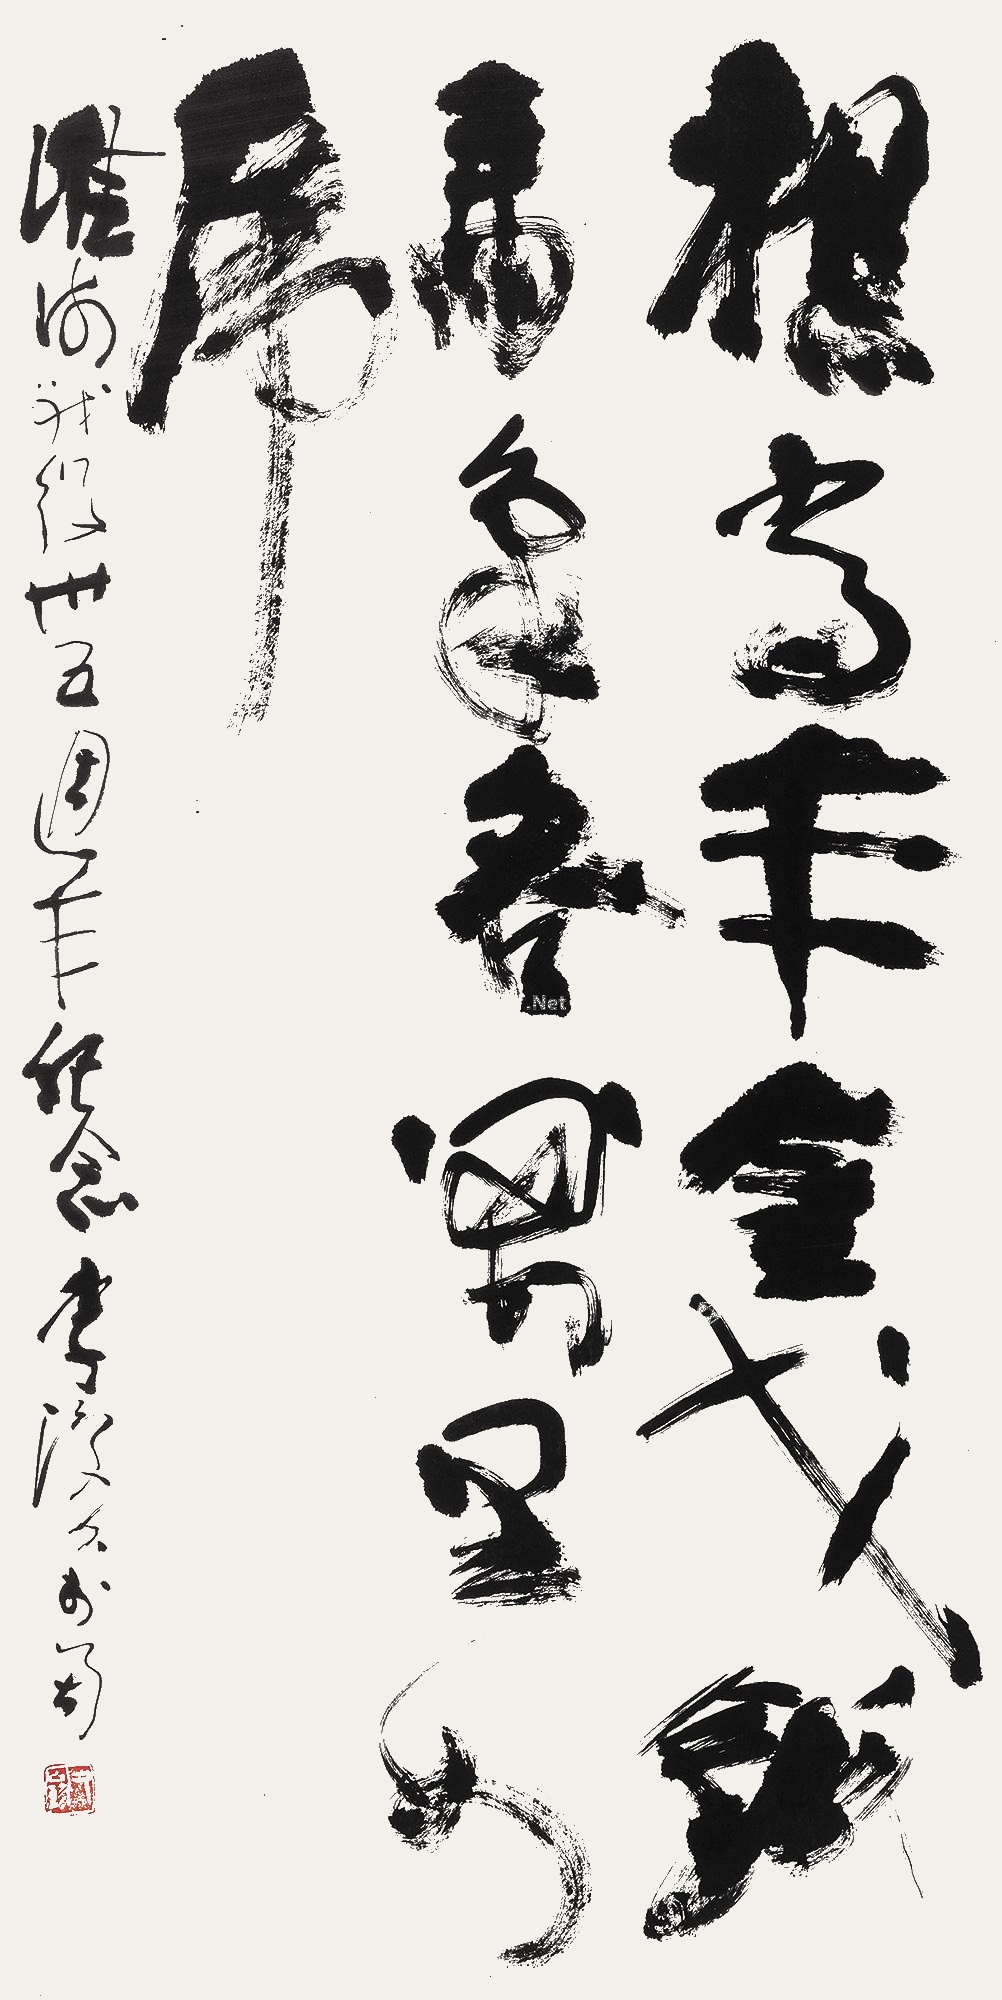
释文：想当年，金戈铁马，气吞万里如虎。淮海战役三十五周年纪念，李琼久于蜀。